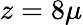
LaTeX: z=8\mu